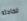
لحادثة